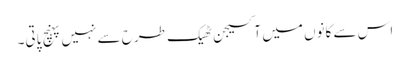
اس سے کانوں میں آکسیجن ٹھیک طرح سے نہیں پہنچ پاتی۔